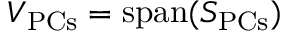
V _ { \mathrm { P C s } } = \operatorname { s p a n } ( S _ { \mathrm { P C s } } )